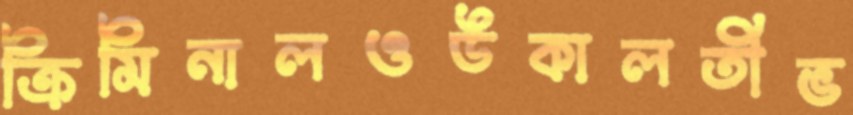
ক্রিমিনালওউকালতীভ